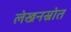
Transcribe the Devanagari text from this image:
लेखनस्रोत